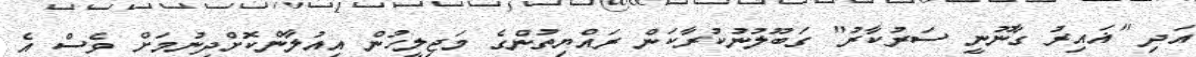
އަދި "ޣައިރު ގާނޫނީ ސަރުކާރު" ގަބޫލުނުކުރާކަން ރައްޔިތުންގެ މަޖިލީހުން އިއުލާންކޮށްދިނުމަށް ވެސް އެ